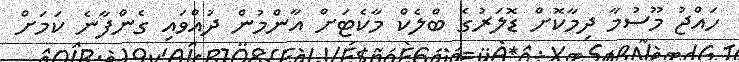
ހައްޖު މޫސުމާ ދިމާކޮށް ޑޮލަރުގެ ބްލެކް މާކެޓަށް އާންމުން ދުއްވައި ގެންފާނެ ކަމަށް